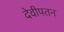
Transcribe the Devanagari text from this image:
देवीपतन